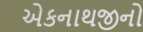
એકનાથજીનો